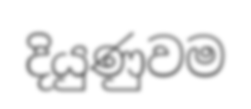
දියුණුවම